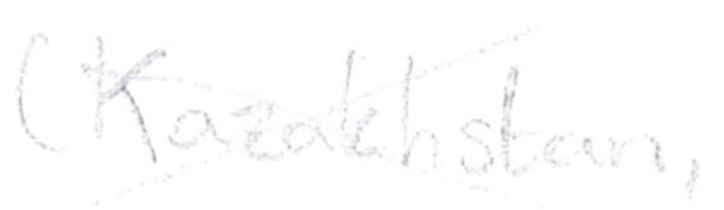
Text: (Kazakhstan,
Cross-out: mix
Writing tool: pencil